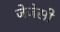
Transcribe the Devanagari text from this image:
जेजेसी